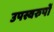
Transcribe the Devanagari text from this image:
उपस्वरुपों